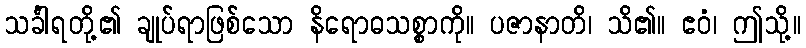
သင်္ခါရတို့၏ ချုပ်ရာဖြစ်သော နိရောဓသစ္စာကို။ ပဇာနာတိ၊ သိ၏။ ဧဝံ၊ ဤသို့။